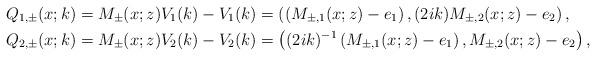
LaTeX: \begin{align*}&Q_{1, \pm} (x;k)=M_{\pm}(x;z) V_1(k)-V_1(k)=\left(\left(M_{\pm,1}(x;z)-e_1\right), (2ik)M_{\pm,2}(x;z)-e_2\right),\\&Q_{2, \pm}(x;k)=M_{\pm}(x;z) V_2(k)-V_2(k)=\left((2ik)^{-1}\left(M_{\pm,1}(x;z)-e_1\right), M_{\pm,2}(x;z)-e_2\right),\end{align*}